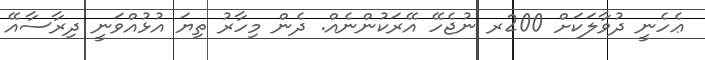
ޢެހެނީ ދުވާލަކަށް 200ރ ނުޖެހޭ އޭރަކުންނެއް. ދެން މިހާރު ތިޔަ އުޅުއްވަނީ ދިރާސާއޭ